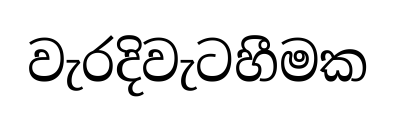
වැරදිවැටහීමක